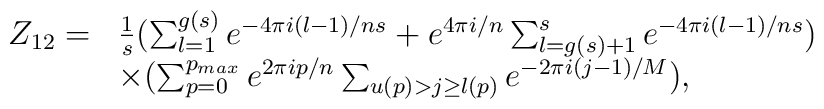
\begin{array}{ll}Z_{12}= & \frac{1}{s}(\sum_{l=1}^{g(s)}e^{-4\pi i (l-1)/ns}+e^{4\pi i/n}\sum_{l=g(s)+1}^{s}e^{-4\pi i (l-1)/ns}) \\        & \times(\sum_{p=0}^{p_{max}} e^{2 \pi i p/n}\sum_{u(p)> j \geq l(p)}e^{-2\pi i(j-1)/M}),\end{array}